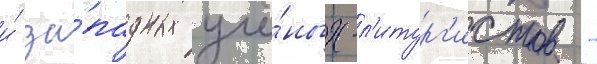
и́ за́падных учё́ных-л'итург'истов -